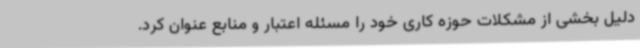
دلیل بخشی از مشکلات حوزه کاری خود را مسئله اعتبار و منابع عنوان کرد.